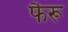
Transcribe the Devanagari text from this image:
फैरू